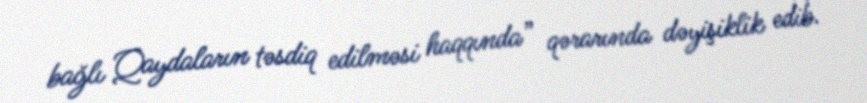
bağlı Qaydaların təsdiq edilməsi haqqında” qərarında dəyişiklik edib.